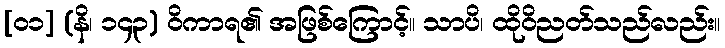
[၀၁] (နိ၊ ၁၄၃) ဝိကာရ၏ အဖြစ်ကြောင့်။ သာပိ၊ ထိုဝိညတ်သည်လည်း။